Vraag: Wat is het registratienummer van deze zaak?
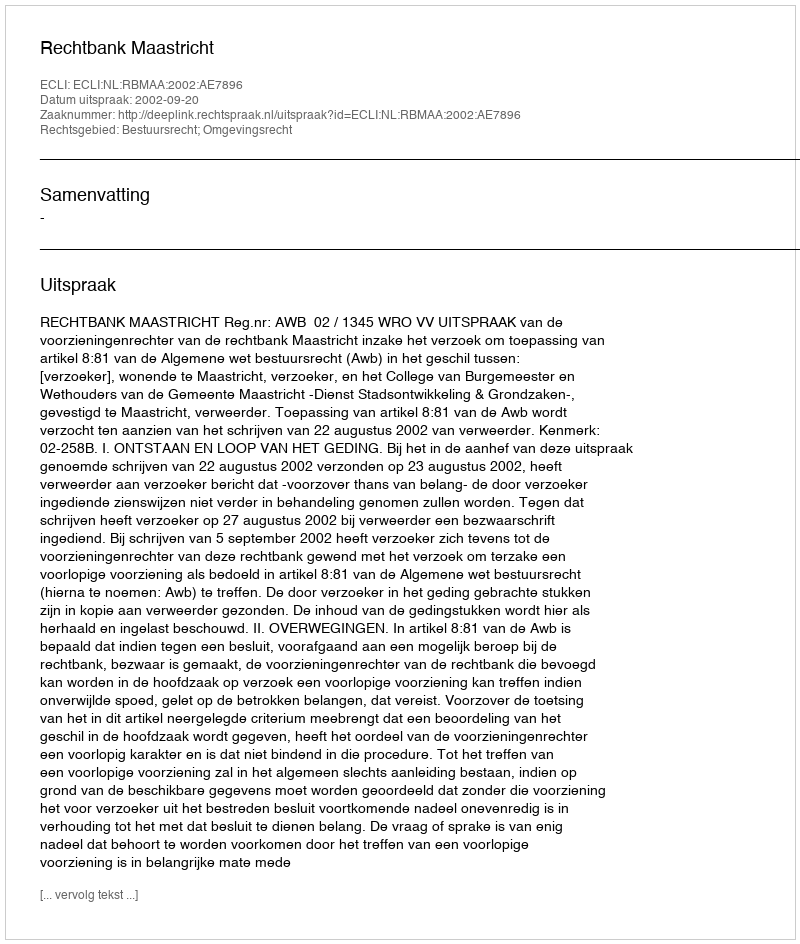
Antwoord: http://deeplink.rechtspraak.nl/uitspraak?id=ECLI:NL:RBMAA:2002:AE7896